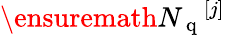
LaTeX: \ensuremath{{N_{\mathrm{~q~}}}}^{[j]}